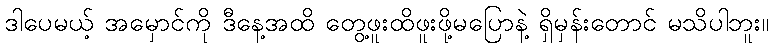
ဒါပေမယ့် အမှောင်ကို ဒီနေ့အထိ တွေ့ဖူးထိဖူးဖို့မပြောနဲ့ ရှိမှန်းတောင် မသိပါဘူး။